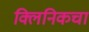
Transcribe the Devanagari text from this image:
क्लिनिकचा